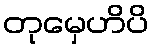
တုမှေဟိပိ